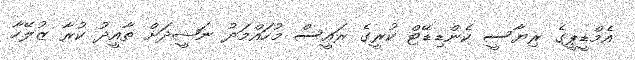
އެމްޑީޕީގެ ރިޔާސީ ކެންޑިޑޭޓް ކުރީގެ ރައީސް މުހައްމަދު ނަޝީދަށް ތާއީދު ކުރާ ޒުލޭހާ